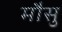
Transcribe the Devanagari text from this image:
मौसु